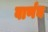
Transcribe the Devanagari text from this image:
वार्णम